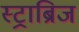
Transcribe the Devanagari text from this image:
स्ट्राब्रिज